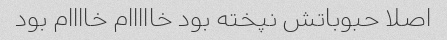
اصلا حبوباتش نپخته بود خااااام خاااام بود